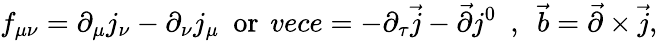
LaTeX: f_{\mu\nu}=\partial_{\mu}j_{\nu}-\partial_{\nu}j_{\mu}\ \ \mathrm{or}\ \, vec{e}=-\partial_{\tau}\vec{j}-\vec{\partial}j^{0}\ \ ,\ \ \vec{b}=\vec{\partial}\times\vec{j},